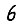
Digit: 6